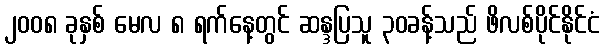
၂၀၀၈ ခုနှစ် မေလ ၈ ရက်နေ့တွင် ဆန္ဒပြသူ ၃၀ခန့်သည် ဖိလစ်ပိုင်နိုင်ငံ